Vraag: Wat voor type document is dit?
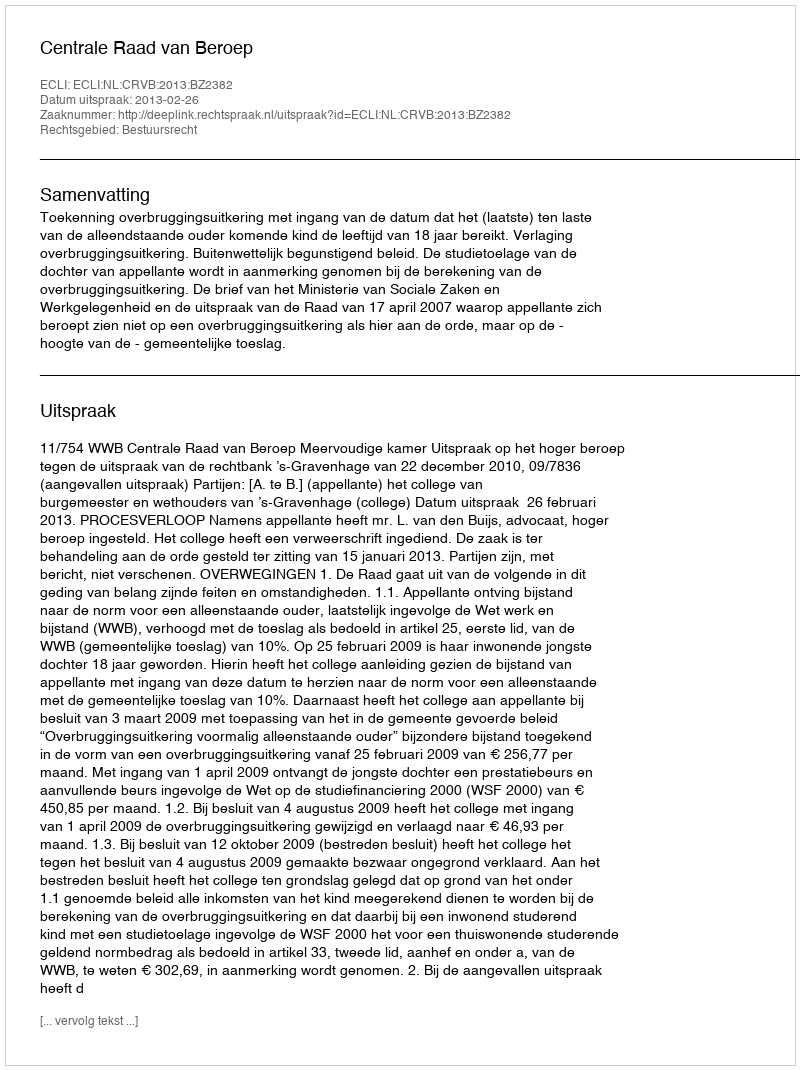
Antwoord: Uitspraak